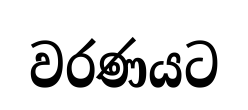
වරණයට